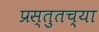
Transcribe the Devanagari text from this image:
प्रस्तुतच्या